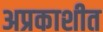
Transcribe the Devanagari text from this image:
अप्रकाशीत